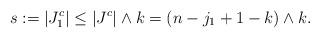
LaTeX: \begin{align*} s:=|J_1^c| \leq|J^c|\wedge k= (n-j_1+1-k)\wedge k.\end{align*}